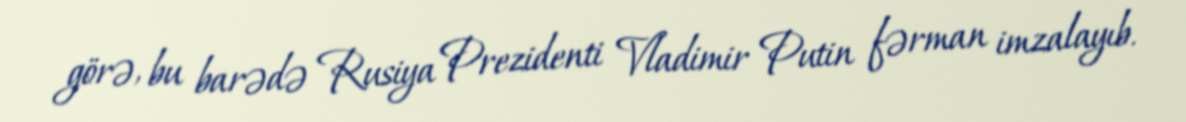
görə, bu barədə Rusiya Prezidenti Vladimir Putin fərman imzalayıb.